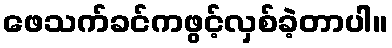
ဖေသက်ခင်ကဖွင့်လှစ်ခဲ့တာပါ။